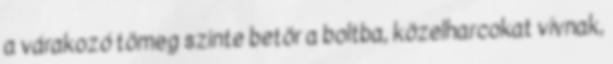
a várakozó tömeg szinte betör a boltba, közelharcokat vívnak,